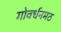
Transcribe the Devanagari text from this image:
गोवर्धनमठ